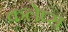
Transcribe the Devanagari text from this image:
कलेप्स